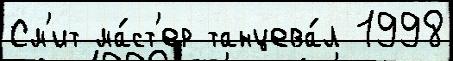
См'ит ма́ст'ер танцева́л 1998